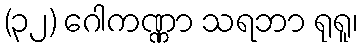
(၃၂) ဂေါကဏ္ဏာ သရဘာ ရုရူ၊